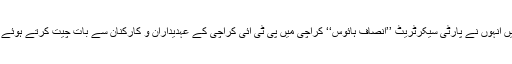
یہ باتیں انہوں نے پارٹی سیکرٹریٹ ’’انصاف ہائوس‘‘ کراچی میں پی ٹی آئی کراچی کے عہدیداران و کارکنان سے بات چیت کرتے ہوئے کہیں۔